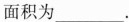
面积为___。